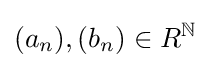
(a_{n}),(b_{n})\in R^{\mathbb {N} }